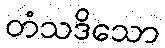
တံသဒိသော